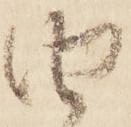
由